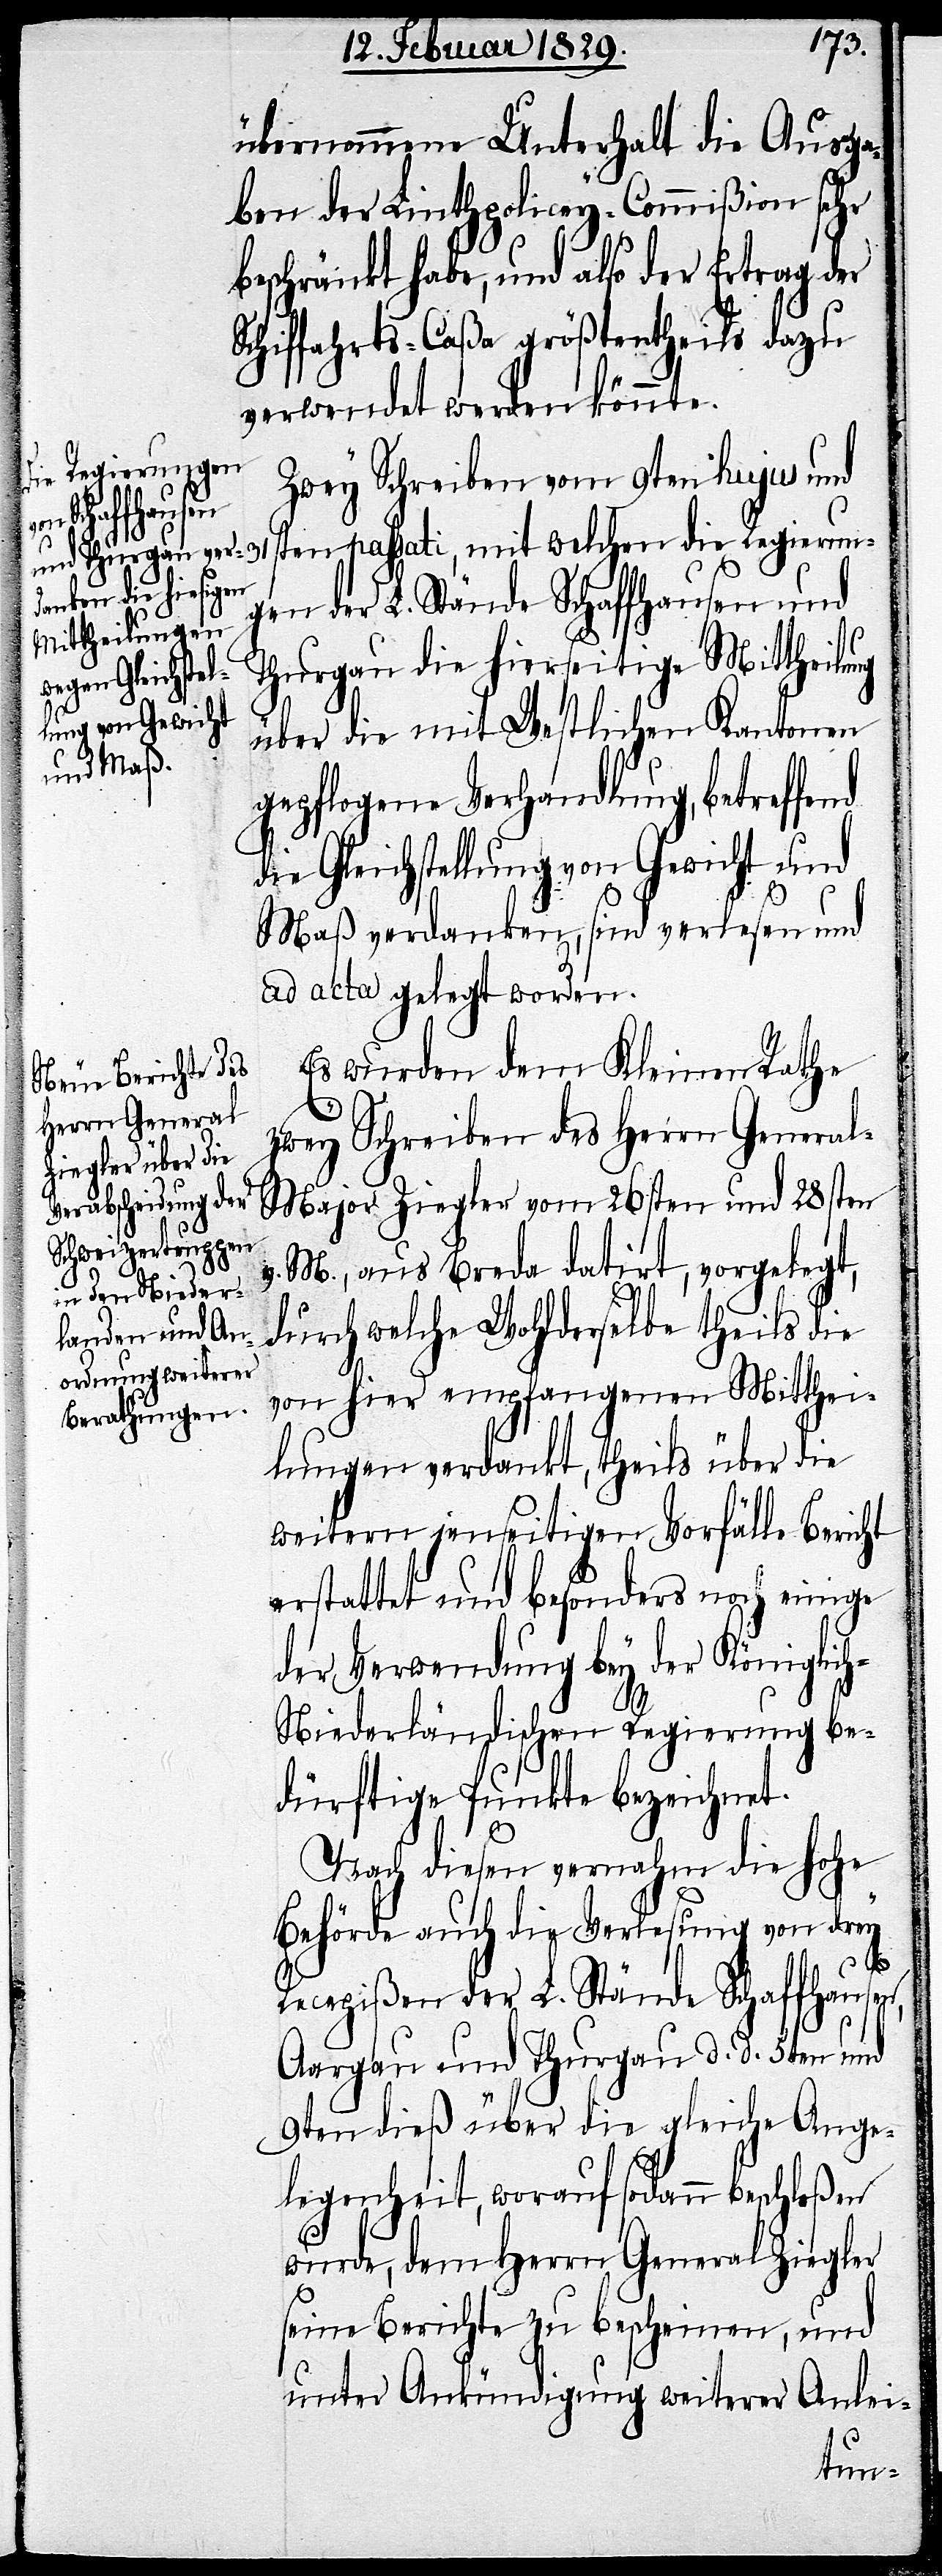
übernommene Unterhalt die Ausga¬
ben der Linthpolicey-Commißion sehr
ng
beschränkt habe, und also der Ertrag der
Schiffahrts-Caßa größtentheils dazu
verwendet werden könnte.
die Regierung¬
Zwey Schreiben vom 9ten hujus und
en der L. Stände Schaffhausen und
Thurgau die hierseitigen Mittheilu¬
mit welchen
über die mit Westlichen Kantonen
gepflogene Verhandlung, betreffend
die Gleichstellung von Gewicht und
Maß verdanken, sind verlesen und
ad acta gelegt worden.
Es wurden dem Kleinen Rathe
zwey Schreiben des Herrn Genera¬
l-Major Ziegler vom 26sten und 28sten
v. M., aus Breda datirt, vorgelegt,
durch welche Wohlderselbe theils die
von hier empfangenen Mitthei¬
lungen verdankt, theils über die
weitern jenseitigen Vorfälle Bericht
erstattet und besonders noch einige
der Verwendung bey der Königlic¬
h-Niederländischen Regierung be¬
dürftige Punkte bezeichnet.
Nach diesen vernahm die hohe
Behörde auch die Verlesung von drey
Recepißen der L. Stände Schaffhausen,
Aargau und Thurgau d. d. 5ten und
9ten dieß über die gleiche Ange¬
legenheit, worauf sodann beschloßen
wurde, dem Herrn General Ziegler
seine Berichte zu bescheinen, und
unter Ankündigung weiterer Anlei-